Lunatic asylums in Bengal annual reports 1888-1898 - 1888-1898
Year: 1888
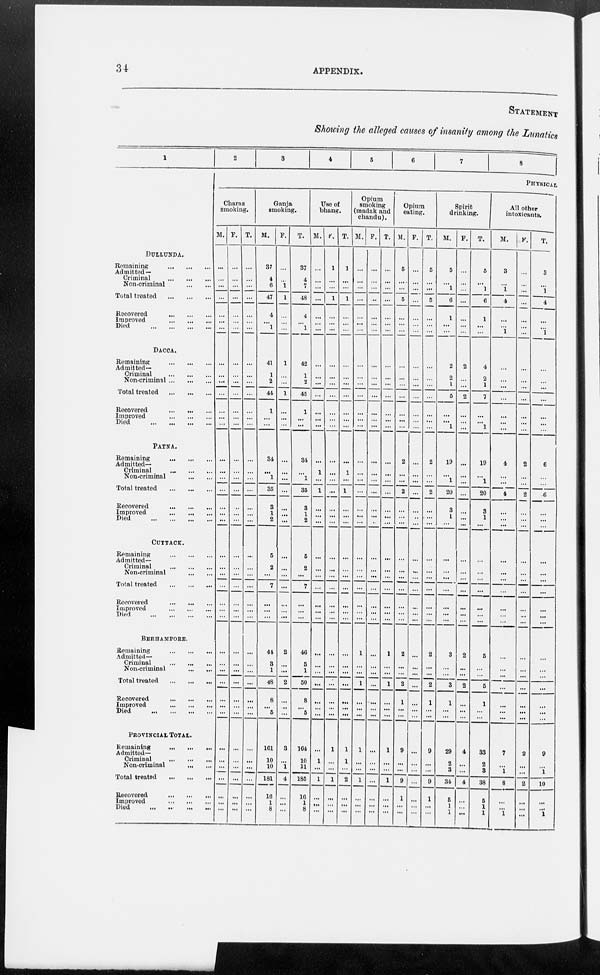
34
APPENDIX.
STATEMENT
Showing the alleged causes of insanity among the Lunatics
1
DULLUNDA.
Remaining
Admitted —
Criminal
Non-criminal
Total treated
Recovered
Improved
Died
DACCA.
Remaining
Admitted—
Criminal
...
Non-criminal
Total treated
Recovered
...
...
Improved
Died
PATNA.
Remaining
Admitted—
Criminal
Non-criminal
Total treated
Recovered
Improved
.
Died
CUTTACK.
Remaining
Admitted—
Criminal
...
...
Non-criminal
Total treated
Recovered
Improved
Died
...
BERHAMPORE.
Remaining
Admitted—
Criminal
Non-criminal
Total treated
Recovered
Improved
Died
PROVINCIAL TOTAL.
Remaining
...
Admitted—
Criminal
Non-criminal
Total treated
Recovered
Improved
Died
...
2
3
4
5
6
7
8
PHYSICAL
Charas
smoking.
M.
...
...
...
...
...
...
...
...
...
...
...
...
...
...
...
...
...
...
...
...
...
...
...
...
...
...
...
...
...
...
...
...
...
...
...
...
...
...
...
...
...
...
F.
...
...
...
...
...
...
...
...
...
...
...
...
...
...
...
...
...
...
...
...
...
...
...
...
...
...
...
...
...
...
...
...
...
...
...
...
...
...
...
...
...
...
T.
...
...
...
...
...
...
...
...
...
...
...
...
...
...
...
...
...
...
...
...
...
...
...
...
...
...
...
...
...
...
...
...
...
...
...
...
...
...
...
...
...
...
Ganja
smoking.
M.
37
4
6
47
4
...
1
41
1
2
44
1
...
...
34
...
1
35
3
1
2
5
2
...
7
...
...
...
44
3
1
48
8
...
5
161
10
10
181
16
1
8
F.
...
...
1
1
...
...
...
1
...
...
1
...
...
...
...
...
...
...
...
...
...
...
...
...
...
...
...
...
2
...
...
2
...
...
...
3
...
1
4
...
...
...
T.
37
4
7
48
4
...
1
42
1
2
45
1
...
...
34
...
1
35
3
1
2
5
2
...
7
...
...
...
46
3
1
50
8
...
5
164
10
11
185
16
...
8
Use of
bhang.
M.
...
...
...
...
...
...
...
...
...
...
...
...
...
...
...
1
...
1
...
...
...
...
...
...
...
...
...
...
...
...
...
...
...
...
...
...
1
...
1
...
...
...
F.
1
...
...
1
...
...
...
...
...
...
...
...
...
...
...
...
...
...
...
...
...
...
...
...
...
...
...
...
...
...
...
...
...
...
...
1
...
...
1
...
...
...
T.
1
...
...
1
...
...
...
...
...
...
...
...
...
...
1
...
1
...
...
...
...
...
...
...
...
...
...
...
...
...
...
...
...
...
1
1
...
2
...
...
...
Opium
smoking
(madak and
chandu).
M.
...
...
...
...
...
...
...
...
...
...
...
...
...
...
...
...
...
...
...
...
...
...
...
...
...
...
...
...
1
...
...
1
...
...
...
1
...
...
...
...
...
...
F.
...
...
...
...
...
...
...
...
...
...
...
...
...
...
...
...
...
...
...
...
...
...
...
...
...
...
...
...
...
...
...
...
...
...
...
...
...
...
...
...
...
T.
...
...
...
...
...
...
...
...
...
...
...
...
...
...
...
...
...
...
...
...
...
...
...
...
...
...
...
...
1
...
...
1
...
...
...
1
...
...
1
...
...
...
Opium
eating.
M.
5
...
...
5
...
...
...
...
...
...
...
...
...
...
2
...
...
2
...
...
...
...
...
...
...
...
...
...
2
...
...
2
1
...
...
9
...
...
9
1
...
...
F.
...
...
...
...
...
...
...
...
...
...
...
...
...
...
...
...
...
...
...
...
...
...
...
...
...
...
...
...
...
...
...
...
...
...
...
...
...
...
...
...
...
...
T.
5
...
...
5
...
...
...
...
...
...
...
...
...
...
2
...
...
2
...
...
...
...
...
...
...
...
...
...
2
...
...
2
1
...
...
9
...
...
...
...
...
...
Spirit
drinking.
M.
5
...
1
6
1
...
...
2
2
1
5
...
...
1
19
...
1
20
3
1
...
...
...
...
...
...
...
...
3
...
...
3
1
...
...
29
2
3
34
5
1
1
F.
...
...
...
...
...
...
...
2
...
...
2
...
...
...
...
...
...
...
...
...
...
...
...
...
...
...
...
...
2
...
...
2
...
...
...
4
...
...
4
...
...
...
T.
5
...
1
6
1
...
...
4
2
1
7
...
...
1
19
...
1
20
3
1
...
...
...
...
...
...
...
...
5
...
...
5
1
...
...
33
2
3
38
5
1
1
All other
intoxicants.
M.
3
...
1
4
...
...
1
...
...
...
...
...
...
...
4
...
...
4
...
...
...
...
...
...
...
...
...
...
...
...
...
...
...
...
...
7
...
1
8
...
...
1
F.
...
...
...
...
...
...
...
...
...
...
...
...
...
...
2
...
...
2
...
...
...
...
...
...
...
...
...
...
...
...
...
...
...
...
...
2
...
...
2
...
...
...
T.
3
...
1
4
...
...
1
...
...
...
...
...
...
...
6
...
...
6
...
...
...
...
...
...
...
...
...
...
...
...
...
...
...
...
...
9
...
1
10
...
...
1